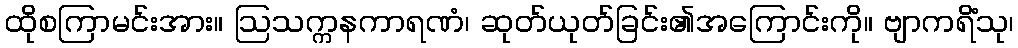
ထိုစကြာမင်းအား။ ဩသက္ကနကာရဏံ၊ ဆုတ်ယုတ်ခြင်း၏အကြောင်းကို။ ဗျာကရိံသု၊